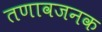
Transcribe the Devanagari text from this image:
तणावजनक